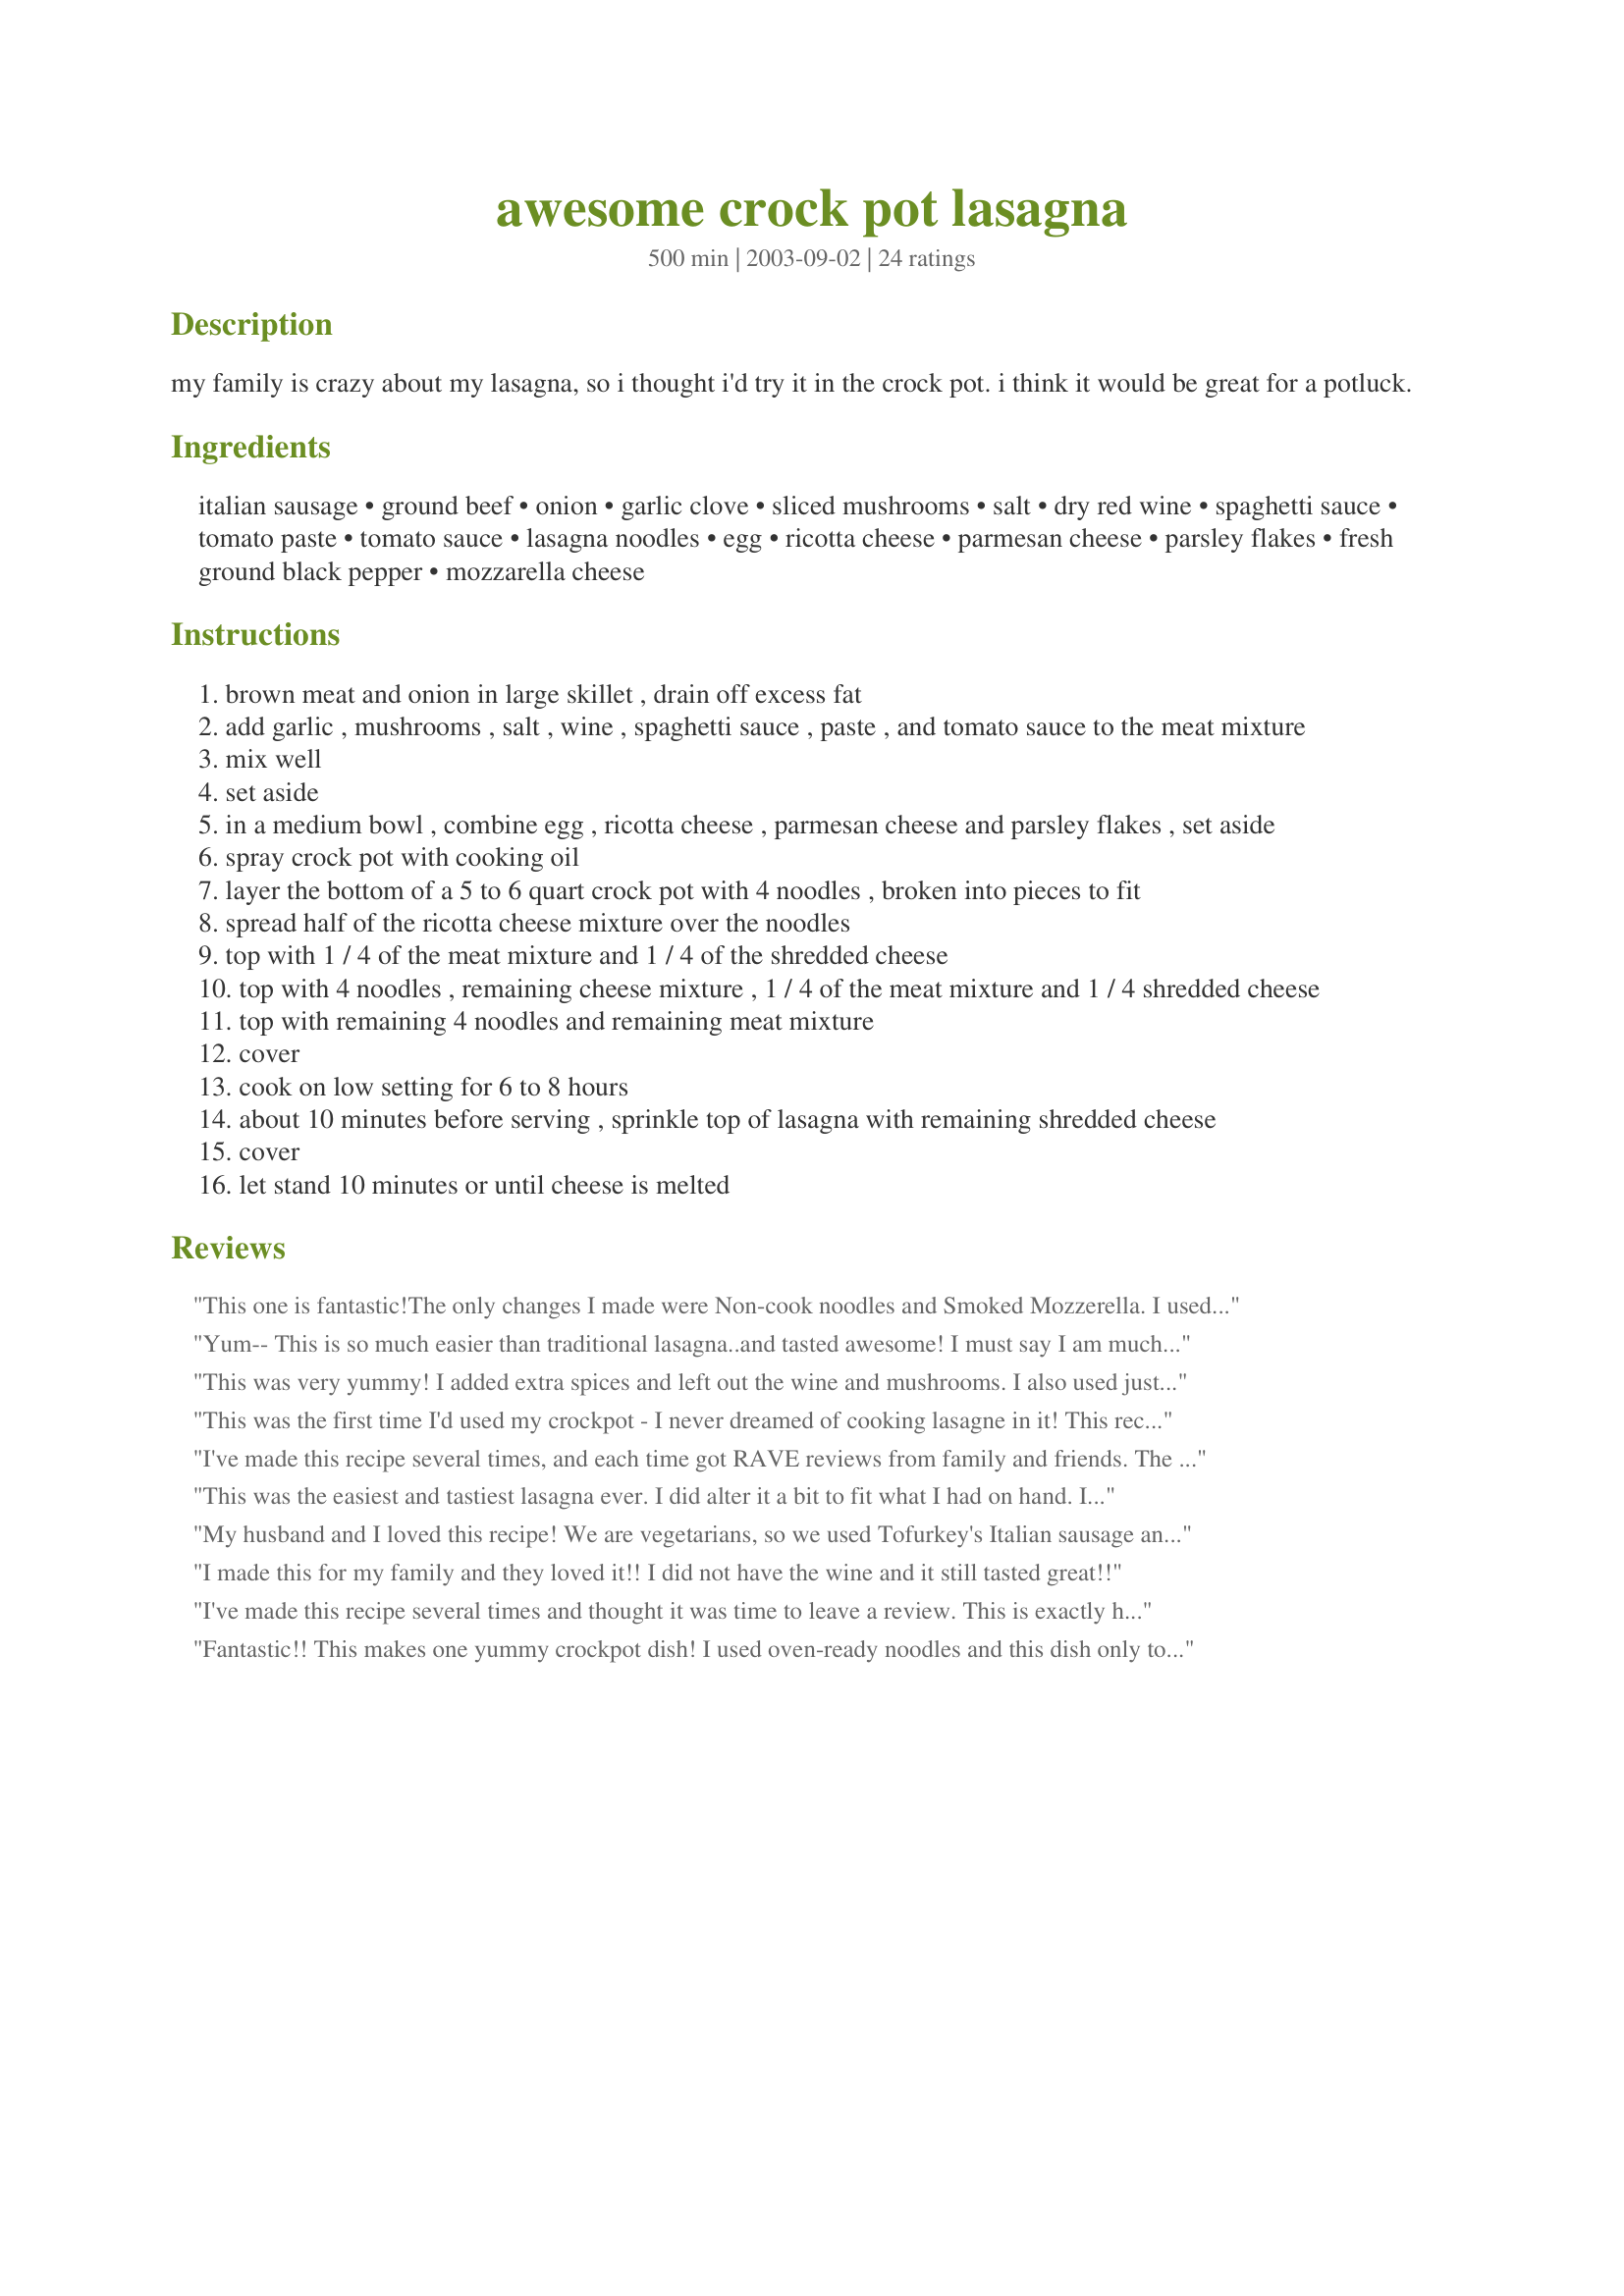
awesome crock pot lasagna
Preparation time: 500 minutes

my family is crazy about my lasagna, so i thought i'd try it in the crock pot. i think it would be great for a potluck.

Ingredients:
italian sausage, ground beef, onion, garlic clove, sliced mushrooms, salt, dry red wine, spaghetti sauce, tomato paste, tomato sauce, lasagna noodles, egg, ricotta cheese, parmesan cheese, parsley flakes, fresh ground black pepper, mozzarella cheese

Steps:
brown meat and onion in large skillet , drain off excess fat
add garlic , mushrooms , salt , wine , spaghetti sauce , paste , and tomato sauce to the meat mixture
mix well
set aside
in a medium bowl , combine egg , ricotta cheese , parmesan cheese and parsley flakes , set aside
spray crock pot with cooking oil
layer the bottom of a 5 to 6 quart crock pot with 4 noodles , broken into pieces to fit
spread half of the ricotta cheese mixture over the noodles
top with 1 / 4 of the meat mixture and 1 / 4 of the shredded cheese
top with 4 noodles , remaining cheese mixture , 1 / 4 of the meat mixture and 1 / 4 shredded cheese
top with remaining 4 noodles and remaining meat mixture
cover
cook on low setting for 6 to 8 hours
about 10 minutes before serving , sprinkle top of lasagna with remaining shredded cheese
cover
let stand 10 minutes or until cheese is melted

Reviews:
 This one is fantastic!The only changes I made were Non-cook noodles and Smoked Mozzerella. I used my home made Spaghetti & tomato sauce & my sister Eve's home made Ricotta.It was KILLER!
 A good trick with leftovers.
Line a single serving Corning Ware
bowl with clingy plastic wrap. Add the cool leftovers, fold the wrap over the top and freeze. When frozen remove from bowl and wrap the plastic bundle with freezer paper.Return to freezer. To serve remove the wrappings place in ogiginal style bowl. Cover with a saucer thaw and heat in the microwave.

Yum--

This is so much easier than traditional lasagna..and tasted awesome! I must say I am much happier with being able to scoop it out without the hassles of a rectangular pan..no problems with everything sliding off the spatula or spoon*S*
This was very yummy! I added extra spices and left out the wine and mushrooms. I also used just lean hot turkey sausage instead of the beef, and it turned out perfect. THanks for the great recipe!
This was the first time I'd used my crockpot - I never dreamed of cooking lasagne in it!
This recipe was absolutely delicious - and better than I've had in any restaurant. I used tomato puree instead of tomato sauce and it came out superb!
Highly recommended!
I've made this recipe several times, and each time got RAVE reviews from family and friends. The only change I made is adding a generous ladle of sauce to the bottom of the crock pot before layering noodles etc. The first time I made it, I found it slightly dry on the bottom, but the extra sauce solves that problem completely. Great recipe!
This was the easiest and tastiest lasagna ever. I did alter it a bit to fit what I had on hand. I used all beef, white cooking wine and15 oz of tomato sauce. One suggestion I do have is to only cook this for 4 to 4 1/2 hours. I think if I would have cooked it any longer it would have been crispy and burned. The spaghettis sauce I used was one that had spinach. This was an absolute hit in my house. I'll never make lasagna the "old" way ever again.
My husband and I loved this recipe! We are vegetarians, so we used Tofurkey's Italian sausage and Trader Joe's meatless meatballs instead of meat products. My husband rarely gets excited about food, but he told me it was the best lasagna he has ever had and to make sure I keep the recipe! Thanks for posting! Oh, and I let it cook for 4 hrs.
I made this for my family and they loved it!! I did not have the wine and it still tasted great!!
I've made this recipe several times and thought it was time to leave a review. This is exactly how I want my lasagna to taste! I've tried many recipes and never could get just the right flavor but this is it. The wine and italian sausage make it perfect :) My family prefers cottage cheese and I always use the no bake lasagna noodles for all of my lasagna recipes. Other than that, I pretty much follow the recipe to a "T"- except for the cooking time. Mine is always browning around the edges by 3 hours in my crock pot. THANK YOU for posting this recipe! My search is over.
Fantastic!! This makes one yummy crockpot dish! I used oven-ready noodles and this dish only took 3 1/2 hours to cook on high. The noodles weren't mushy like another crockpot lasagna i tried. I followed the advice of putting sauce on the bottom and it turned out great! I was curious about how the wine would affect the taste (i have a 3 & 5 year old). They ate it without any complaint!! I will use this recipe for my traditional oven baked lasagna as well now, it's that good. If you're looking for a no-fail, delicious crockpot dish-you will not be disappointed with this one! Thanks for posting this!!!
The taste of this lasagna was good. However I put it on low before I left for work and when my got home about 6.5 laters it was burned about 1/2" in around the edges.
I made this with out the wine and mushrooms (didn't have any)and it still turned out wonderful. It didn't stand a chance against my 3 kids. Serve it with fresh homemade garlic bread (which makes great lasagna sandwiches the next day... my son's invention). Thanks for the great recipe.
Delicious! This is my new lasagna recipe. I made the sauce the night before so the flavors could meld. Wow! My family raved. Thanks for a great recipe!
This is fabulous! I followed recipe except for adding tomato sauce. I instead added 1 more cup of spaghetti sauce. I also found that 6 hours, maybe less was about right for cooking time. Delicious recipe!
Very good lasagna. I always thought mine was good but this one is great. The only change I made was omitting the mushrooms. Thank you for the great recipe.
Loved the idea. I made several changes in the recipe without compromising the quality. Omitted the wine, used only 2 cups of spaghetti sauce and an additional 8 oz of tomato sauce. Added about 1/2 tsp Italian seasoning to the sauce mix. All the beef was lean ground beef and added about 3/4 tsp fennel seed during the cooking. I allowed the lasagna to cook 6 hours and it probably would have been done closer to 5. Made this for a potluck at work and it cooked during the morning and was ready by lunch time.
I've tried this twice because I like the idea of crock-pot and lasagne for my DH who loves it. And I'm sorry we just do not think it is a good lasagne recipe.
SOOOO close to our favorite that I am blind rating it at a 5+. BUT, we will have it this coming week. Happy 4th of July. Cap'n Jack
This was just ok for us. It got really dry. I am spoiled, my hubby makes THE best lasagna in the world so trying to rate this is difficult. Overall, I think we'll stick with the oven baked variety. Thank you for sharing the recipe though!
We loved this - simple as that. I will only make this lasagna from now on. I was unsure about doing it in the crock pot, but it came out perfect. I did use the no boil noodles, which made it even easier. My hubby had leftovers for lunch today and wants the rest tomorrow. I had never used mushrooms in lasagna before- I used fresh and cooked them with the meat and onions and they added such a nice burst of flavor to each bite. Thanks for a winner!
Easy to make. The noodles were alittle mushy but the recipe had nice flavor. It really make a large amount.
Tried this for the first time this past week and it really was a hit! Next time I will add the extra sauce to the bottom of the crockpot before the lasagna noodles as suggested by someone else and probably the extra Italian seasoning! We have had 2 meals from this and I froze the remaining into dinner size portions....great to have things ahead for dinner!
I brought this to work for a potluck and everyone loved it. They all asked for the recipe. I didn't have sausage so I used all beef. I also used both ricotta and cottage cheese. Thanks for the great recipe.
This was the best lasagna! Left out the wine and added a small can of olives. Used a can of Italian diced tomatoes instead of tomato sauce. A lot easier than cooking in the oven. I'll never use my old lasagna recipe again.
